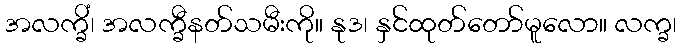
အလက္ခိံ၊ အလက္ခီနတ်သမီးကို။ နုဒ၊ နှင်ထုတ်တော်မူလော။ လက္ခ၊